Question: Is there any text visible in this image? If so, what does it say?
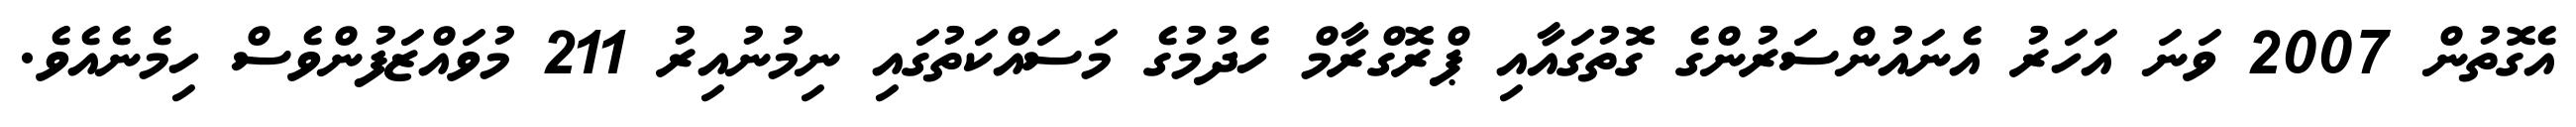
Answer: އެގޮތުން 2007 ވަނަ އަހަރު އެނައުންސަރުންގެ ގޮތުގައާއި ޕްރޮގްރާމް ހެދުމުގެ މަސައްކަތުގައި ނިމުނުއިރު 211 މުވައްޒަފުންވެސް ހިމެނެއެވެ.